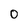
Character: O